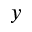
y